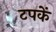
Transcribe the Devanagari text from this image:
टपकें